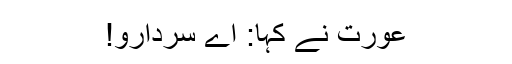
عورت نے کہا: اے سردارو!